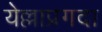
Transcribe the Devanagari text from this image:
येल्लाप्रगदा